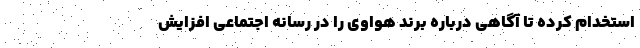
استخدام کرده تا آگاهی درباره برند هواوی را در رسانه اجتماعی افزایش